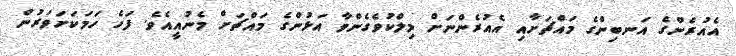
އެއުރެންގެ އަނބިންގެ މައްޗަށާއި އެއުރެންނަށް މިލްކުވެގެންވާ އަޅުންގެ މައްޗަށް މެނުއީއެވެ. ފަހެ ހަމަކަށަވަރުން